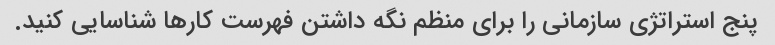
پنج استراتژی سازمانی را برای منظم نگه داشتن فهرست کارها شناسایی کنید.